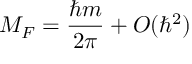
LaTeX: M _ { F } = \frac { \hbar m } { 2 \pi } + O ( \hbar ^ { 2 } )